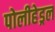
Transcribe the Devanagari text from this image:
पोलीहेड्रल